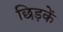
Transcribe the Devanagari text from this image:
छिड़कें